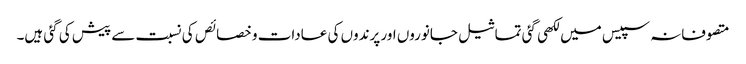
متصوفانہ سپیس میں لکھی گئی تماثیل جانوروں اور پرندوں کی عادات و خصائص کی نسبت سے پیش کی گئی ہیں۔